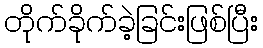
တိုက်ခိုက်ခဲ့ခြင်းဖြစ်ပြီး